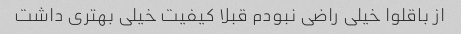
از باقلوا خیلی راضی نبودم قبلا کیفیت خیلی بهتری داشت